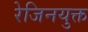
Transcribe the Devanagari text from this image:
रेजिनयुक्त